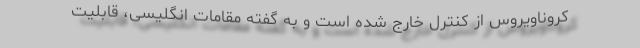
کروناویروس از کنترل خارج شده است و به گفته مقامات انگلیسی، قابلیت